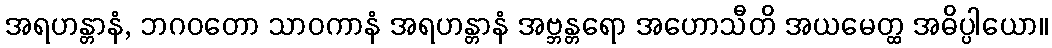
အရဟန္တာနံ, ဘဂဝတော သာဝကာနံ အရဟန္တာနံ အဗ္ဘန္တရော အဟောသီတိ အယမေတ္ထ အဓိပ္ပါယော။